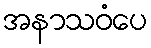
အနာသဝံပေ